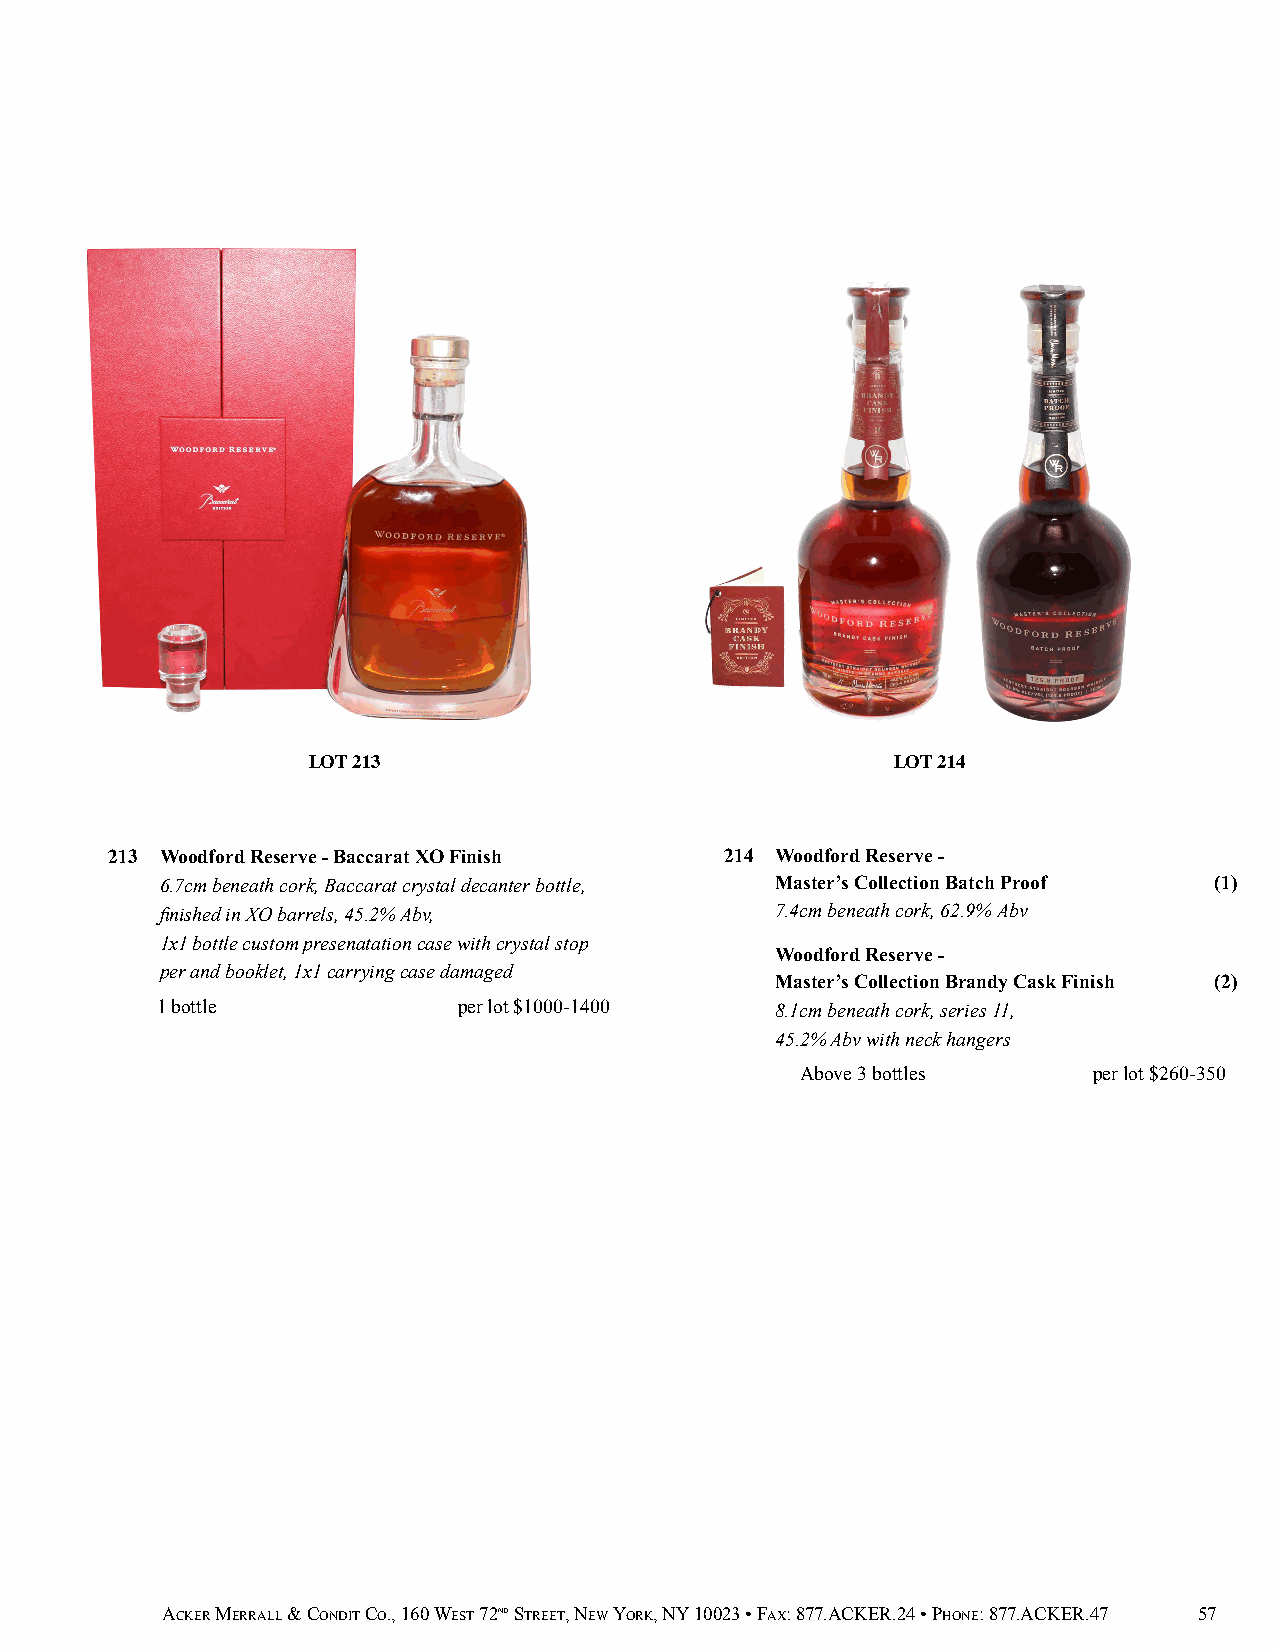
LOT 213                                LOT 214
 213 Woodford Reserve - Baccarat XO Finish 214 Woodford Reserve -
 6.7cm beneath cork, Baccarat crystal decanter bottle, Master’s Collection Batch Proof (1)
 finished in XO barrels, 45.2% Abv,      7.4cm beneath cork, 62.9% Abv
 1x1 bottle custom presenatation case with crystal stop
 Woodford Reserve -
 per and booklet, 1x1 carrying case damaged
 Master’s Collection Brandy Cask Finish (2)
 1 bottle            per lot $1000-1400   8.1cm beneath cork, series 11,
 45.2% Abv with neck hangers
 Above 3 bottles    per lot $260-350
 ACKER MERRALL & CONDIT CO., 160 WEST 72ND STREET, NEW YORK, NY 10023 • FAX: 877.ACKER.24 • PHONE: 877.ACKER.47 57